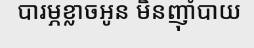
បារម្ភខ្លាចអូន មិនញ៉ាំបាយ